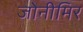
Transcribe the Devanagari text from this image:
जोनीमिर